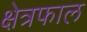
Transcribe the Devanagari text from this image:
क्षेत्रफाल